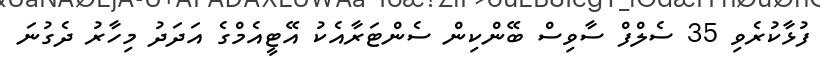
ފުޅާކުރެވި 35 ސެލްފް ސާވިސް ބޭންކިން ސެންޓަރާއެކު އޭޓީއެމްގެ އަދަދު މިހާރު ދެގުނަ